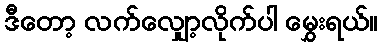
ဒီတော့ လက်လျှော့လိုက်ပါ မွှေးရယ်။